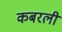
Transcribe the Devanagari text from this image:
कबरली